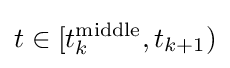
t\in [t_{k}^{\rm {middle}},t_{k+1})